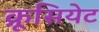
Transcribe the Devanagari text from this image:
क्रूसियेट